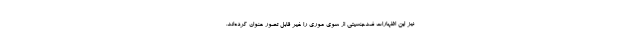
نیز این اظهارات ضدجنسیتی از سوی موری را غیر قابل تصور عنوان کرده‌اند.